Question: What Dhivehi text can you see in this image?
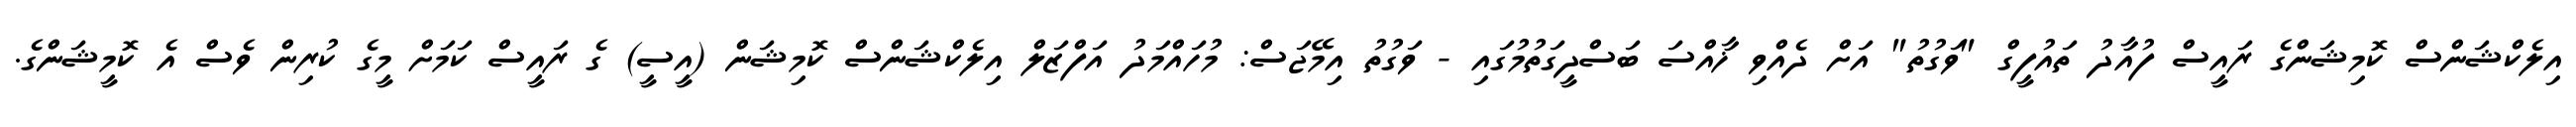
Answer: އިލެކްޝަންސް ކޮމިޝަންގެ ރައީސް ފުއާދު ތައުފީގް "ވަގުތު" އަށް ދެއްވި ޚާއްސަ ބަސްދީގަތުމުގައި - ވަގުތު އިމޭޖަސް: މުހައްމަދު އަފްޒަލް އިލެކްޝަންސް ކޮމިޝަން (އީސީ) ގެ ރައީސް ކަމަށް މީގެ ކުރިން ވެސް އެ ކޮމީޝަންގެ.